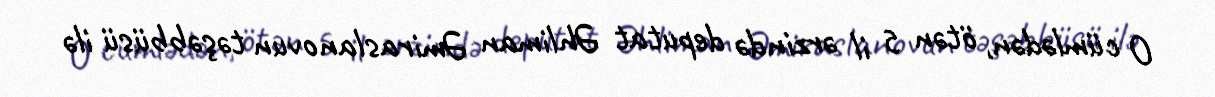
O cümlədən, ötən 5 il ərzində deputat Əhliman Əmiraslanovun təşəbbüsü ilə